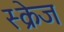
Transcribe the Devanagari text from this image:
स्क्रेज